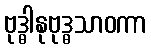
ဗုဒ္ဓါနုဗုဒ္ဓသာဝကာ